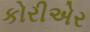
કોરીએર